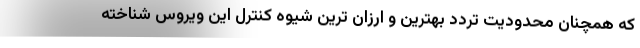
که همچنان محدودیت تردد بهترین و ارزان ترین شیوه کنترل این ویروس شناخته